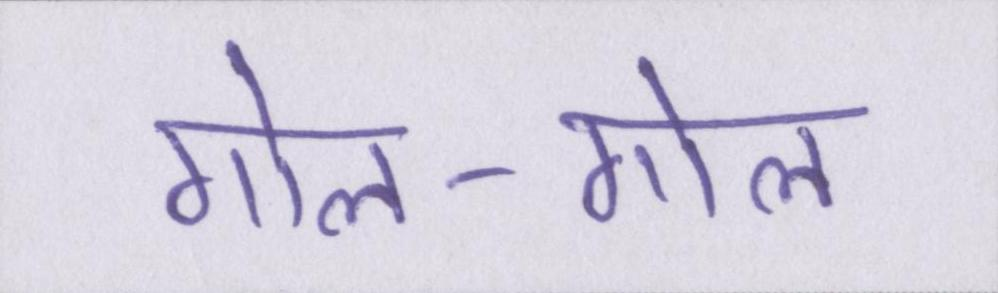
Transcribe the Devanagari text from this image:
गोल-गोल